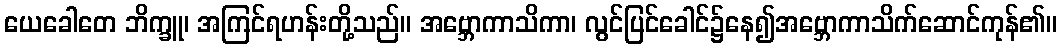
ယေခေါတေ ဘိက္ခူ၊ အကြင်ရဟန်းတို့သည်။ အဗ္ဘောကာသိကာ၊ လွင်ပြင်ခေါင်၌နေ၍အဗ္ဘောကာသိက်ဆောင်ကုန်၏။